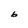
Character: b